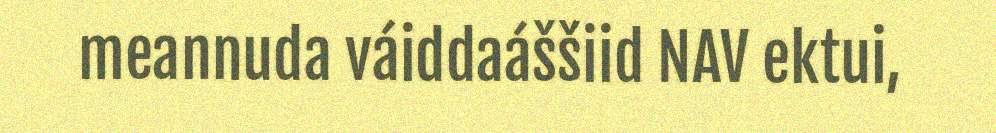
meannuda váiddaáššiid NAV ektui,